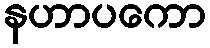
နဟာပကော